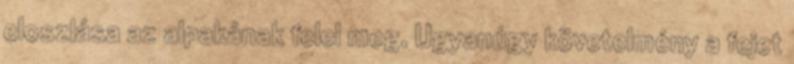
eloszlása az alpakának felel meg. Ugyanúgy követelmény a fejet